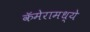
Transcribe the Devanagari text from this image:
कॅमेरामध्ये